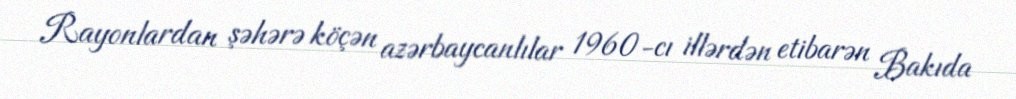
Rayonlardan şəhərə köçən azərbaycanlılar 1960-cı illərdən etibarən Bakıda